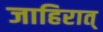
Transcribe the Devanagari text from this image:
जाहिरात्